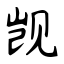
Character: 觊